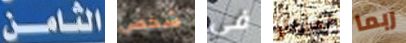
الثامن شخص في احزري ربما